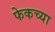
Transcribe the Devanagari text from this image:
फेकच्या